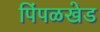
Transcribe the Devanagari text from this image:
पिंपळखेड